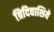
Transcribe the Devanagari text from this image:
त्रिदिवाशिये